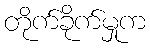
တိုက်ခိုက်မှုက